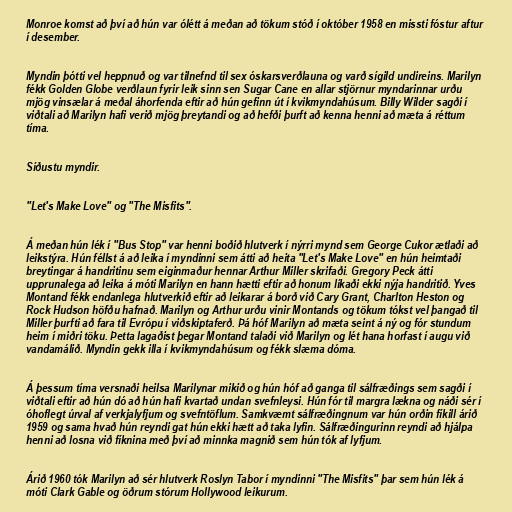
Monroe komst að því að hún var ólétt á meðan að tökum stóð í október 1958 en missti fóstur aftur
í desember.

Myndin þótti vel heppnuð og var tilnefnd til sex óskarsverðlauna og varð sígild undireins. Marilyn
fékk Golden Globe verðlaun fyrir leik sinn sen Sugar Cane en allar stjörnur myndarinnar urðu
mjög vinsælar á meðal áhorfenda eftir að hún gefinn út í kvikmyndahúsum. Billy Wilder sagði í
viðtali að Marilyn hafi verið mjög þreytandi og að hefði þurft að kenna henni að mæta á réttum
tíma.

Síðustu myndir.

"Let's Make Love" og "The Misfits".

Á meðan hún lék í "Bus Stop" var henni boðið hlutverk í nýrri mynd sem George Cukor ætlaði að
leikstýra. Hún féllst á að leika í myndinni sem átti að heita "Let's Make Love" en hún heimtaði
breytingar á handritinu sem eiginmaður hennar Arthur Miller skrifaði. Gregory Peck átti
upprunalega að leika á móti Marilyn en hann hætti eftir að honum líkaði ekki nýja handritið. Yves
Montand fékk endanlega hlutverkið eftir að leikarar á borð við Cary Grant, Charlton Heston og
Rock Hudson höfðu hafnað. Marilyn og Arthur urðu vinir Montands og tökum tókst vel þangað til
Miller þurfti að fara til Evrópu í viðskiptaferð. Þá hóf Marilyn að mæta seint á ný og fór stundum
heim í miðri töku. Þetta lagaðist þegar Montand talaði við Marilyn og lét hana horfast í augu við
vandamálið. Myndin gekk illa í kvikmyndahúsum og fékk slæma dóma.

Á þessum tíma versnaði heilsa Marilynar mikið og hún hóf að ganga til sálfræðings sem sagði í
viðtali eftir að hún dó að hún hafi kvartað undan svefnleysi. Hún fór til margra lækna og náði sér í
óhoflegt úrval af verkjalyfjum og svefntöflum. Samkvæmt sálfræðingnum var hún orðin fíkill árið
1959 og sama hvað hún reyndi gat hún ekki hætt að taka lyfin. Sálfræðingurinn reyndi að hjálpa
henni að losna við fíknina með því að minnka magnið sem hún tók af lyfjum.

Árið 1960 tók Marilyn að sér hlutverk Roslyn Tabor í myndinni "The Misfits" þar sem hún lék á
móti Clark Gable og öðrum stórum Hollywood leikurum.